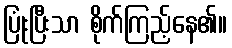
ပြုံးပြီးသာ စိုက်ကြည့်နေ၏။